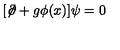
[ \not \! \partial + g \phi ( x ) ] \psi = 0